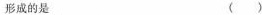
形成的是 ()